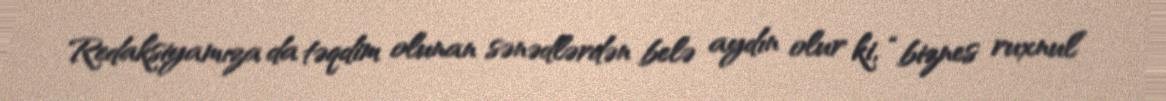
Redaksiyamıza da təqdim olunan sənədlərdən belə aydın olur ki, “biznes ruxnul”